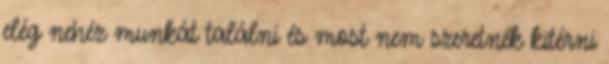
elég nehéz munkát találni és most nem szeretnék kitérni